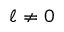
\ell \neq 0